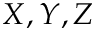
X , Y , Z